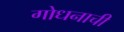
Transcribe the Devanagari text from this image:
गोधनाची